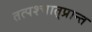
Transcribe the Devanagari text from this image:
तत्पश्‍चात्‌प्रान्त